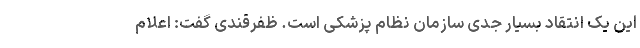
این یک انتقاد بسیار جدی سازمان نظام پزشکی است. ظفرقندی گفت: اعلام